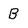
Character: B